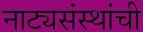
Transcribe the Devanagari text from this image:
नाट्यसंस्थांची